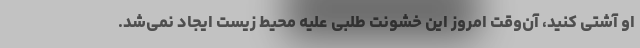
او آشتی کنید، آن‌وقت امروز این خشونت طلبی علیه محیط زیست ایجاد نمی‌شد.